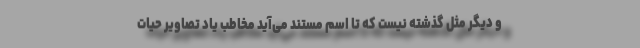
و دیگر مثل گذشته نیست که تا اسم مستند می‌آید مخاطب یاد تصاویر حیات